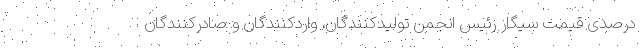
درصدی قیمت سیگار رئیس انجمن تولیدکنندگان، واردکنندگان و صادرکنندگان